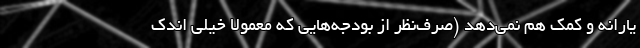
یارانه و کمک هم نمی‌دهد (صرف‌نظر از بودجه‌هایی که معمولاً خیلی اندک